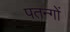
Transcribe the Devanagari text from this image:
पतन्‍गों